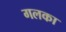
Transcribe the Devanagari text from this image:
गलका